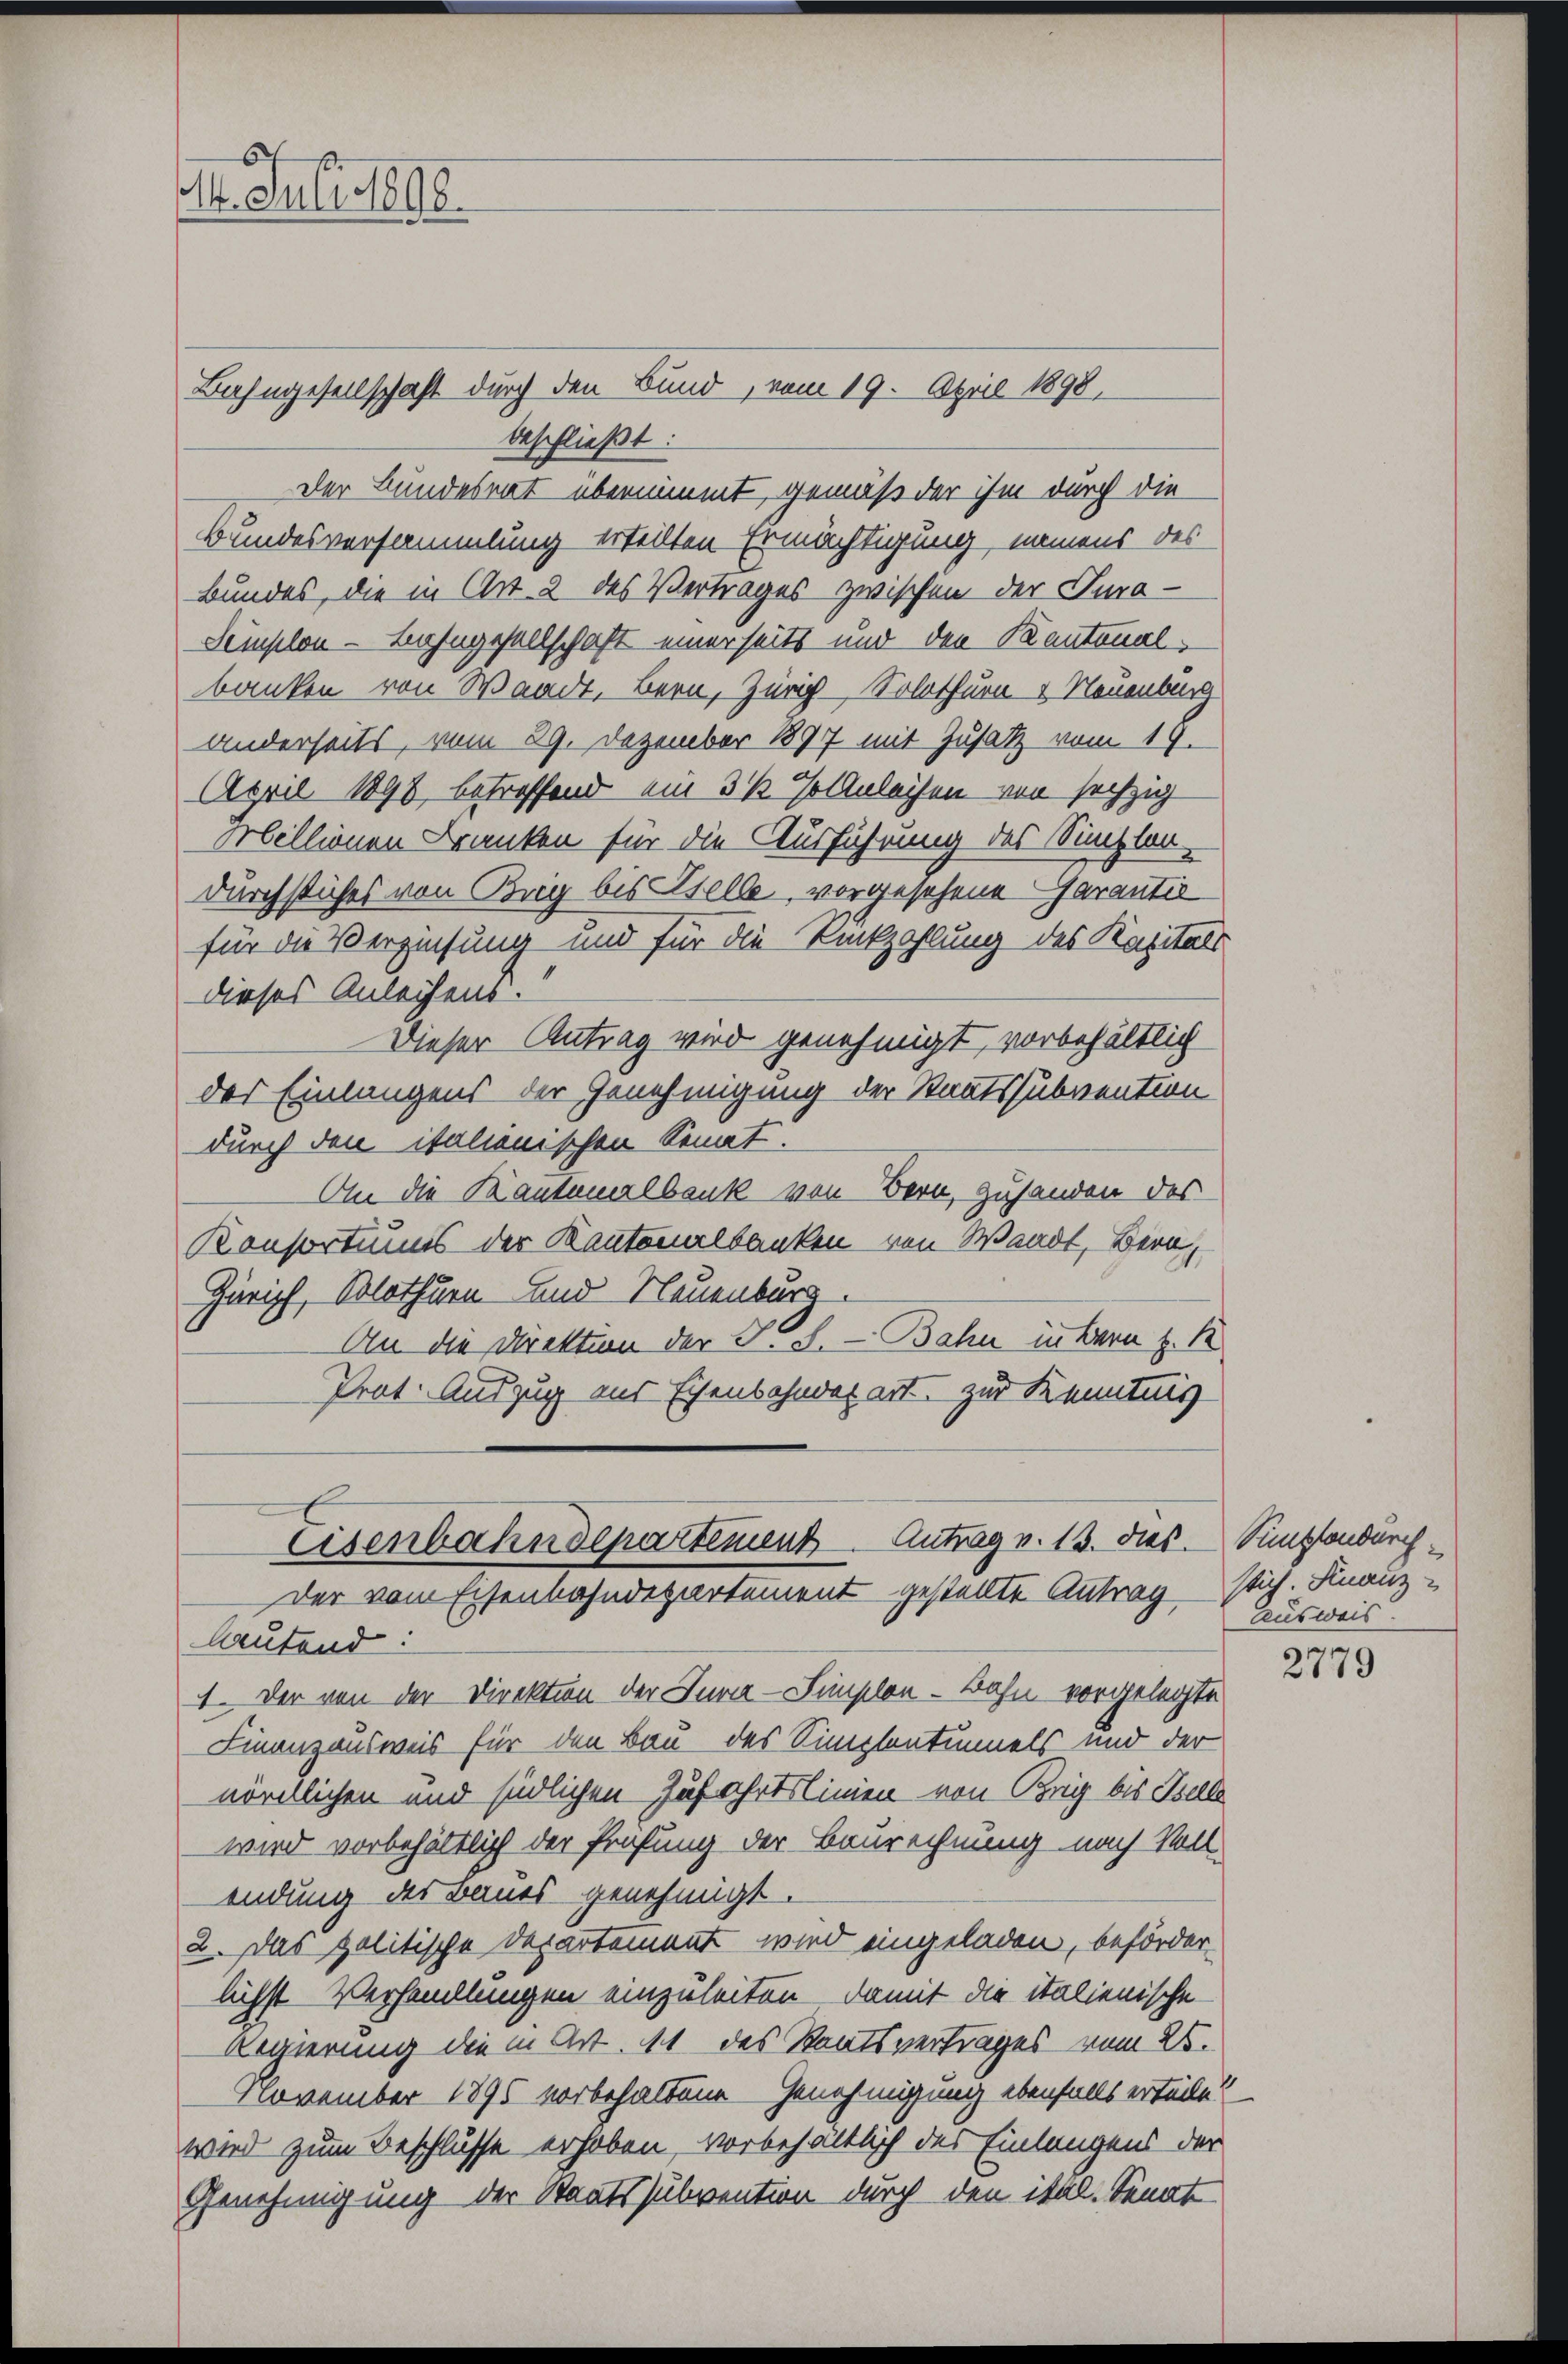
14. Juli 1890.

Bahngesellschaft durch den Bund, vom 19. April 1898,
beschließt:
Der Bundesrat übernimmt, gemäß der ihm durch die
Bundesversammlung ertellten Ermächtigung namens des
Bundes, die in Art. 2 des Vertrages zwischen der Tura-
Semsten - Lahngesellschaft einerseits und den Kantonal-
banken von Waadt, Bern, Zürich Solothurn 4 Neuenburg
anderseits, vom 29. Dezember 1897 mit Zusatz vom 18.
April 1898 betreffend ein 3 ½ Jolnleiten von sechzig
Mbillionen Kranken für die Ausführung des Simplor-
durchstiches von Brig bis Stelle, vorgesehene Garantie
für die Verzinsung und für die Rückzahlung des Kapitals
dieses Anleihens.
Dieser Antrag wird genehmigt, vorbehältlich
das Einlangens der Genehmigung der Staatssubvention
durch den italienischen Senat.
An die Kantonalbank von Bern, zuhanden des
Konsortums der Kantonalbanken von Waadt, Bern,
Zürich, Solothurn und Neuenburg.
An die Direktion der No. 8. — Bahn in Bern z. B
Prat. Auszug aus Eisenbahndepart zur Kenntnis
Eisenbahndepartement Antrag v. 13. dies. Simpfandurchder vom Eisenbahndepartement gestellte Antrag stich. Finanzlutend:
1. Der von der Direktion der Jura-Simplon - Bahn vorgelegte
Finanzausweis für den Bau des Simplontunnels und der
nördlichen und südlichen Zufahrtslinien von Brig bis Telle
wird vorbehältlich der Prüfung der Baurechnung nach Voll-
endung des Baues genehmigt.
2. Das politische Departement wird eingeladen, beförderlichst Verhandlungen einzuleiten. Damit die italienische
Regierung die in Art. 11 des Staatsvertrages vom 25.
November 1895 vorbehaltene Genehmigung ebenfalls erteile?
wird zum Beschlusse erhoben, vorbehältlich der Einlangens der
Genehmigung der Staatssubvention durch den ital. Senat

Ausweis.

2779